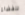
للفضاء